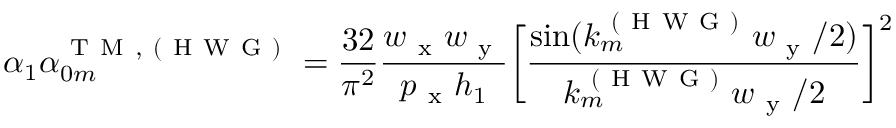
\alpha _ { 1 } \alpha _ { 0 m } ^ { \mathrm { ~ T ~ M ~ , ~ ( ~ H ~ W ~ G ~ ) ~ } } = \frac { 3 2 } { \pi ^ { 2 } } \frac { w _ { \mathrm { ~ x ~ } } w _ { \mathrm { ~ y ~ } } } { p _ { \mathrm { ~ x ~ } } h _ { 1 } } \bigg [ \frac { \sin ( k _ { m } ^ { \mathrm { ~ ( ~ H ~ W ~ G ~ ) ~ } } w _ { \mathrm { ~ y ~ } } / 2 ) } { k _ { m } ^ { \mathrm { ~ ( ~ H ~ W ~ G ~ ) ~ } } w _ { \mathrm { ~ y ~ } } / 2 } \bigg ] ^ { 2 }